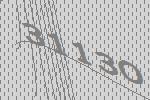
31130